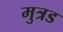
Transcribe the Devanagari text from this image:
मुत्रड